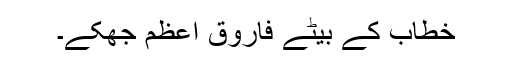
خطّاب کے بیٹے فاروقِ اعظم جُھکے۔